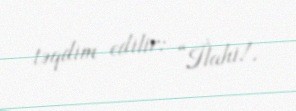
təqdim edilir: “İlahi!.